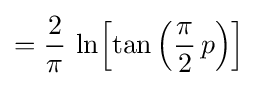
={\frac {2}{\pi }}\,\ln \!\left[\tan \left({\frac {\pi }{2}}\,p\right)\right]\!